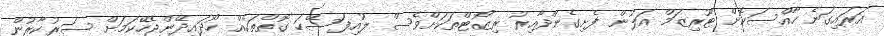
އަރައިގަނެ ހާއްސަކޮށް ޓޫރިޒަމް އަލުން ފެށިގެންދާއިރު ރިޒޯޓްތަކަށްވެސް ލުއިފަސޭހަ ގޮތްތަކެއް ހޯދައިދޭންޖެހޭކަމަށް ސަރުކާރުން